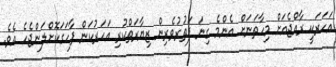
އަހަރަކީ ރާއްޖެއަށް މިހާތަނަށް އެންމެ ގިނަ ފަތުރުވެރިން ޒިޔާރަތްކުރި އަހަރުކަން ފާހަގަކޮށްލަންޖެހެ އެވެ.